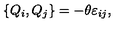
\{ Q _ { i } , Q _ { j } \} = - \theta \varepsilon _ { i j } ,